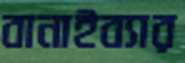
বানাইব্যার